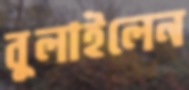
বুলাইলেন